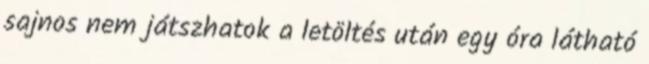
sajnos nem játszhatok a letöltés után egy óra látható